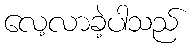
လေ့လာခဲ့ပါသည်